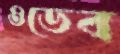
ওডেব